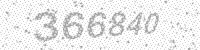
Solution: 366840